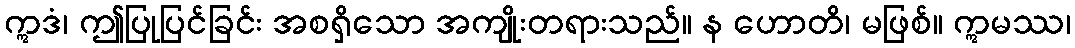
ဣဒံ၊ ဤပြုပြင်ခြင်း အစရှိသော အကျိုးတရားသည်။ န ဟောတိ၊ မဖြစ်။ ဣမဿ၊